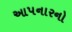
આપનારનો